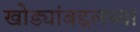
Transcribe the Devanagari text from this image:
खोड्यांबद्दलच्या